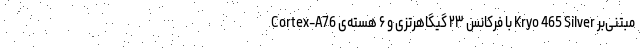
Cortex-A76 با فرکانس ۲۳ گیگاهرتزی و ۶ هسته‌‌ی Kryo 465 Silver مبتنی‌بر